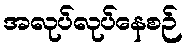
အလုပ်လုပ်နေစဉ်